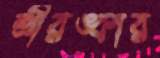
শ্রীরঙ্কার